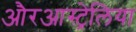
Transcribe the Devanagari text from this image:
औरआस्ट्रेलिया